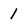
Character: 1